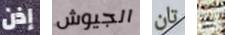
إذن الجيوش تان بأن